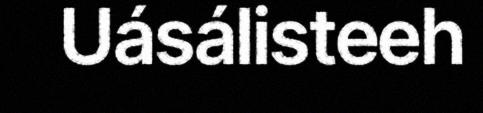
Uásálisteeh